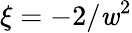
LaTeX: \xi=-2/\mathit{w}^{2}